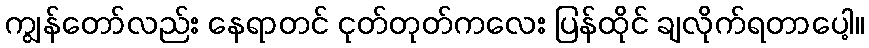
ကျွန်တော်လည်း နေရာတင် ငုတ်တုတ်ကလေး ပြန်ထိုင် ချလိုက်ရတာပေါ့။